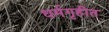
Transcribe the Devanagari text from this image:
धर्मगृहीत